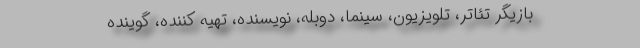
بازیگر تئاتر، تلویزیون، سینما، دوبله، نویسنده، تهیه کننده، گوینده